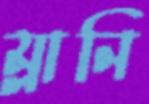
ম্লানি